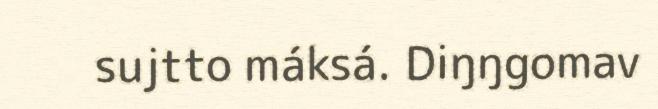
sujtto máksá. Diŋŋgomav